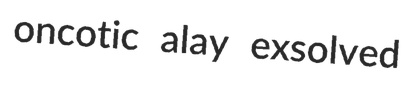
oncotic alay exsolved